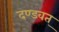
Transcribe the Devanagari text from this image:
दण्डवत्‌